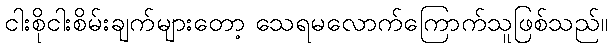
ငါးစိုငါးစိမ်းချက်များတော့ သေရမလောက်ကြောက်သူဖြစ်သည်။